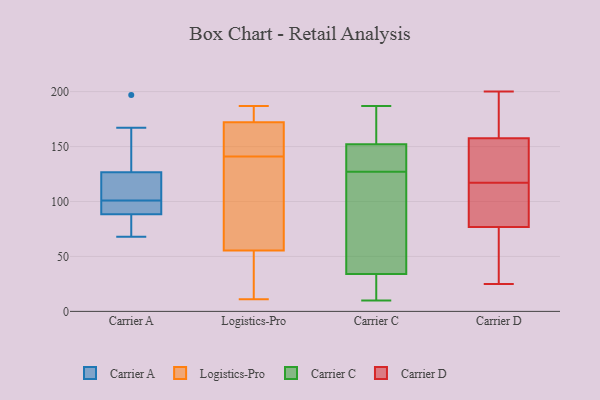
{"axis": {"x": "Latency (ms)", "y": "Value"}, "legend": ["Carrier A", "Carrier C", "Carrier D", "Logistics-Pro"], "data": [{"x": "", "y": 90, "type": "Carrier A"}, {"x": "", "y": 125, "type": "Carrier A"}, {"x": "", "y": 91, "type": "Carrier A"}, {"x": "", "y": 197, "type": "Carrier A"}, {"x": "", "y": 94, "type": "Carrier A"}, {"x": "", "y": 108, "type": "Carrier A"}, {"x": "", "y": 167, "type": "Carrier A"}, {"x": "", "y": 68, "type": "Carrier A"}, {"x": "", "y": 87, "type": "Carrier A"}, {"x": "", "y": 114, "type": "Carrier A"}, {"x": "", "y": 128, "type": "Carrier A"}, {"x": "", "y": 76, "type": "Carrier A"}, {"x": "", "y": 185, "type": "Logistics-Pro"}, {"x": "", "y": 167, "type": "Logistics-Pro"}, {"x": "", "y": 113, "type": "Logistics-Pro"}, {"x": "", "y": 187, "type": "Logistics-Pro"}, {"x": "", "y": 164, "type": "Logistics-Pro"}, {"x": "", "y": 155, "type": "Logistics-Pro"}, {"x": "", "y": 48, "type": "Logistics-Pro"}, {"x": "", "y": 27, "type": "Logistics-Pro"}, {"x": "", "y": 140, "type": "Logistics-Pro"}, {"x": "", "y": 179, "type": "Logistics-Pro"}, {"x": "", "y": 142, "type": "Logistics-Pro"}, {"x": "", "y": 82, "type": "Logistics-Pro"}, {"x": "", "y": 63, "type": "Logistics-Pro"}, {"x": "", "y": 11, "type": "Logistics-Pro"}, {"x": "", "y": 177, "type": "Logistics-Pro"}, {"x": "", "y": 42, "type": "Logistics-Pro"}, {"x": "", "y": 139, "type": "Carrier C"}, {"x": "", "y": 115, "type": "Carrier C"}, {"x": "", "y": 10, "type": "Carrier C"}, {"x": "", "y": 152, "type": "Carrier C"}, {"x": "", "y": 179, "type": "Carrier C"}, {"x": "", "y": 166, "type": "Carrier C"}, {"x": "", "y": 187, "type": "Carrier C"}, {"x": "", "y": 139, "type": "Carrier C"}, {"x": "", "y": 23, "type": "Carrier C"}, {"x": "", "y": 34, "type": "Carrier C"}, {"x": "", "y": 22, "type": "Carrier C"}, {"x": "", "y": 140, "type": "Carrier C"}, {"x": "", "y": 53, "type": "Carrier C"}, {"x": "", "y": 64, "type": "Carrier C"}, {"x": "", "y": 46, "type": "Carrier D"}, {"x": "", "y": 172, "type": "Carrier D"}, {"x": "", "y": 117, "type": "Carrier D"}, {"x": "", "y": 25, "type": "Carrier D"}, {"x": "", "y": 94, "type": "Carrier D"}, {"x": "", "y": 153, "type": "Carrier D"}, {"x": "", "y": 145, "type": "Carrier D"}, {"x": "", "y": 100, "type": "Carrier D"}, {"x": "", "y": 29, "type": "Carrier D"}, {"x": "", "y": 127, "type": "Carrier D"}, {"x": "", "y": 171, "type": "Carrier D"}, {"x": "", "y": 87, "type": "Carrier D"}, {"x": "", "y": 200, "type": "Carrier D"}]}